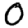
Digit: 0